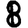
Digit: 8